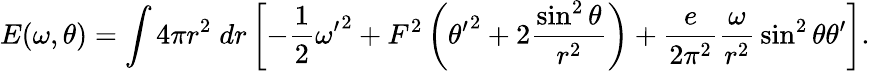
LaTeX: E(\omega,\theta)=\int 4\pi r^{2}\; dr\left[-{\frac{1}{2}}{\omega^{\prime}}^{2}+F^{2}\left({\theta^{\prime}}^{2}+2{\frac{\sin^{2}\theta}{r^{2}}}\right)+{\frac{e}{2\pi^{2}}}{\frac{\omega}{r^{2}}}\sin^{2}{\theta}\theta^{\prime}\right].